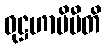
ဝုဋ္ဌဟာမိပီတိ